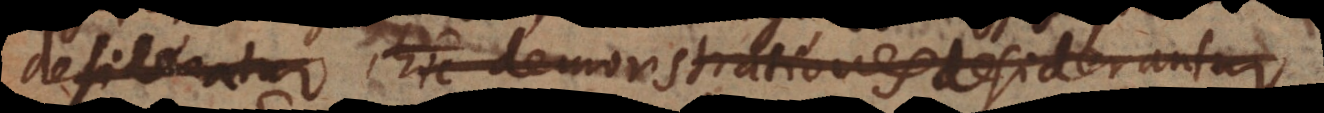
, hic demonstrationes desiderantur